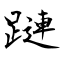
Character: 蹥